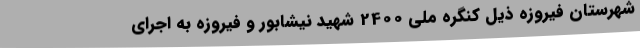
شهرستان فیروزه ذیل کنگره ملی 2400 شهید نیشابور و فیروزه به اجرای